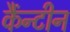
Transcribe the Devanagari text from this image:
कैंन्टीन